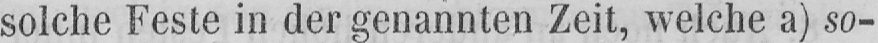
solche Feste in der genannten Zeit, welche a) so-